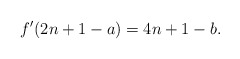
\begin{align*}f'(2n+1-a) = 4n+1-b.\end{align*}